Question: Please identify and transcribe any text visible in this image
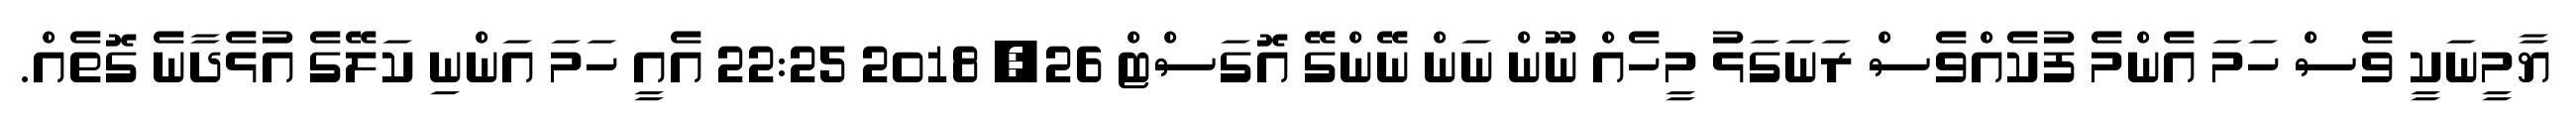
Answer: ޔާމީނަކީ ވެސް ހަމަ އެންމެ ފުކެއްވެސް ރަނަގަޅު މީހެއް ނޫން ނަން ނޭންގޭ އޮގަސްޓް 26, 2018 22:25 އެއީ ހަމަ އަންނި ކަލޭގެ އުޅެދާނެ ގޮތެއް.